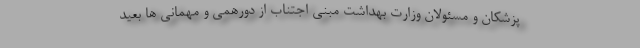
پزشکان و مسئولان وزارت بهداشت مبنی اجتناب از دورهمی و مهمانی ها بعید